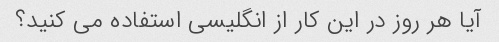
آیا هر روز در این کار از انگلیسی استفاده می کنید؟